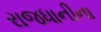
રાજધાનીના